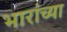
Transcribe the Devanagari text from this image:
भारांच्या